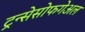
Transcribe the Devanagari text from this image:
ट्रन्सेसोफगेअल